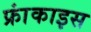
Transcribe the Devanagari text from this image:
फ्रांकाइस